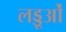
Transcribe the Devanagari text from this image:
लड्डूओं